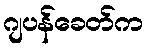
ဂျပန်ခေတ်က